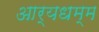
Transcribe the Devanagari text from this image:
आर्यधम्म